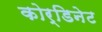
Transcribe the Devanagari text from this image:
कोर्डिनेट